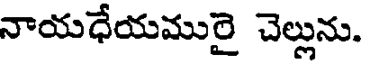
నాయధేయమురై చెల్లును.